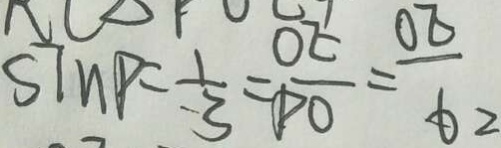
S \ln P = \frac { 1 } { 3 } = \frac { O E } { P O } = \frac { O E } { 6 2 }